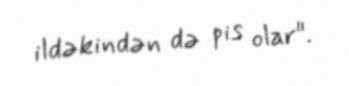
ildəkindən də pis olar".